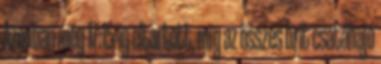
Azonban még 17:15-ig eltartott, míg az összes brit csatahajó